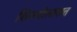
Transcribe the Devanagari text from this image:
शिमगोत्सवात